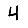
Digit: 4